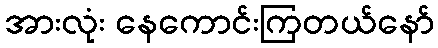
အားလုံး နေကောင်းကြတယ်နော်